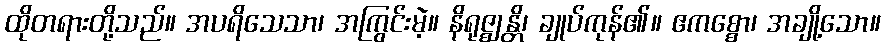
ထိုတရားတို့သည်။ အပရိသေသာ၊ အကြွင်းမဲ့။ နိရုဇ္ဈန္တိ၊ ချုပ်ကုန်၏။ ဧကစ္စော၊ အချို့သော။